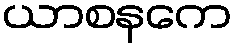
ယာစနကေ